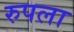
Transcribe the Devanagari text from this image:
रुपला